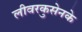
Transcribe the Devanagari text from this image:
लीवरकुसेनके